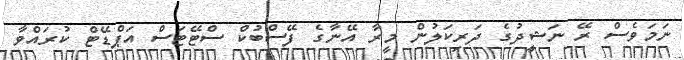
ނަމަވެސް ރޭ ނަޝީދުގެ ދަރިކަލުން މީރާ އޭނާގެ ފޭސްބުކް ސްޓޭޓަސް އަޕްޑޭޓް ކުރައްވާ